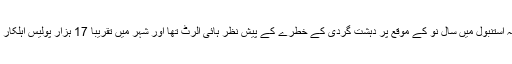
خیال رہے کہ استنبول میں سال نو کے موقع پر دہشت گردی کے خطرے کے پیش نظر ہائی الرٹ تھا اور شہر میں تقریباً 17 ہزار پولیس اہلکار تعینات تھے۔